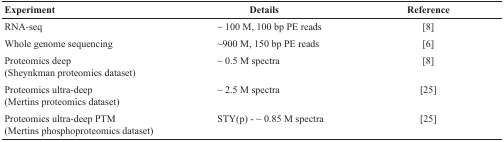
<table><thead><tr><td><b>Experiment</b></td><td><b>Details</b></td><td><b>Reference</b></td></tr></thead><tbody><tr><td>RNA-seq</td><td>~ 100 M, 100 bp PE reads</td><td>[8]</td></tr><tr><td>Whole genome sequencing</td><td>~900 M, 150 bp PE reads</td><td>[6]</td></tr><tr><td>Proteomics deep(Sheynkman proteomics dataset)</td><td>~ 0.5 M spectra</td><td>[8]</td></tr><tr><td>Proteomics ultra-deep(Mertins proteomics dataset)</td><td>~ 2.5 M spectra</td><td>[25]</td></tr><tr><td>Proteomics ultra-deep PTM(Mertins phosphoproteomics dataset)</td><td>STY(p) - ~ 0.85 M spectra</td><td>[25]</td></tr></tbody></table>